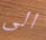
الى